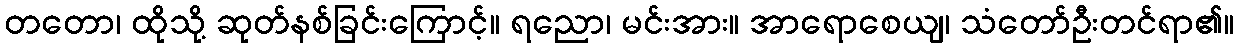
တတော၊ ထိုသို့ ဆုတ်နစ်ခြင်းကြောင့်။ ရညော၊ မင်းအား။ အာရောစေယျ၊ သံတော်ဦးတင်ရာ၏။